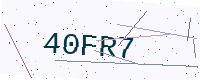
Text: 40FR7